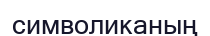
символиканың